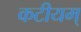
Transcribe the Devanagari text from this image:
कटीयम्